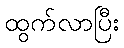
ထွက်လာပြီး